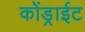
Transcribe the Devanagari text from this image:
कोंड्राईट